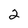
Character: 2